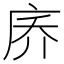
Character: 𪪑